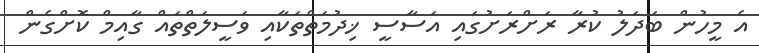
އެ މީހުން ބަދަލު ކުރާ ރަށްރަށުގައި އަސާސީ ޚިދުމަތްތަކާއި ވަސީލަތްތައް ގާއިމް ކޮށްގެން